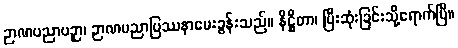
ဉာဏပညာပဉှာ၊ ဉာဏပညာပြဿနာမေးခွန်းသည်။ နိဋ္ဌိတာ၊ ပြီးဆုံးခြင်းသို့ရောက်ပြီ။